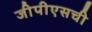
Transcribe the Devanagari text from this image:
जीपीएसची